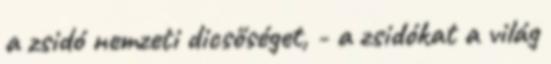
a zsidó nemzeti dicsőséget, - a zsidókat a világ